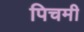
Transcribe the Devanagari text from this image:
पिचमी